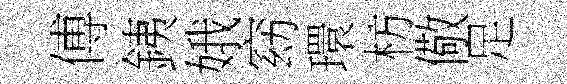
傅銕娥窈環枋儆足